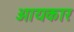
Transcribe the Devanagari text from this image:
आयकार